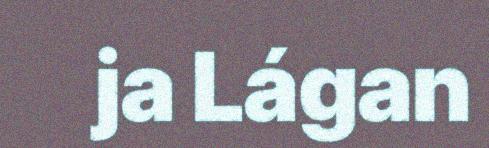
ja Lágan